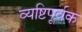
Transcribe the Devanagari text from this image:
व्यष्टिपूर्वक